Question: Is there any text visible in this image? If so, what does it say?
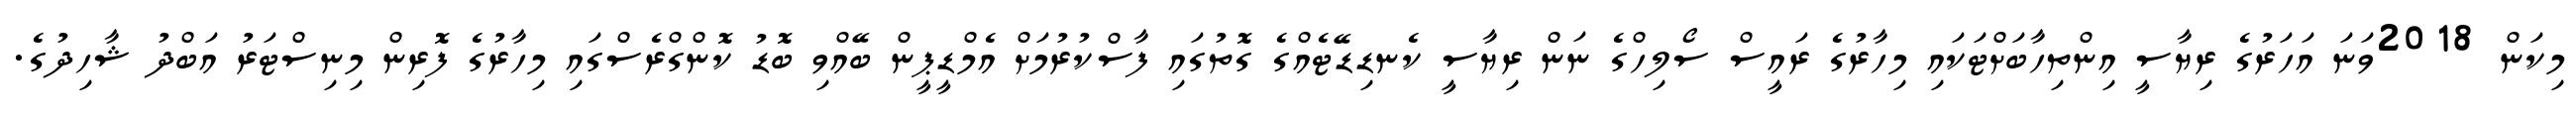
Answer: މިކަން 2018ވަނަ އަހަރުގެ ރިޔާސީ އިންތިހާބަށްޓަކައި މިހާރުގެ ރައީސް ސޯލިހްގެ ނަން ރިޔާސީ ކެނޑިޑޭޓެއްގެ ގޮތުގައި ފާސްކުރުމަށް އެމްޑީޕީން ބޭއްވި ބޮޑު ކޮންގްރެސްގައި މިހާރުގެ ފޮރިން މިނިސްޓަރު އަބްދު ޝާހިދުގެ.